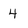
Character: 4